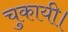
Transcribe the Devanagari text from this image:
चुकायी।